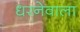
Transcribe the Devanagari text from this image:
धरनेवाला